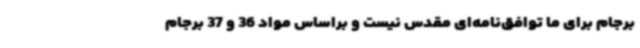
برجام برای ما توافق‌نامه‌ای مقدس نیست و براساس مواد 36 و 37 برجام